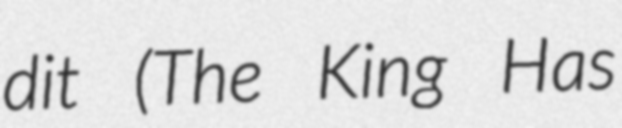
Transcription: dit (The King Has